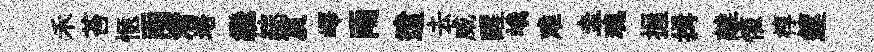
禾苔愜雨潸培繼綜賔嶧雨遣去威醒峨难圭魂握揖離懽椁篴